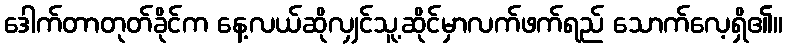
ဒေါက်တာတုတ်ခိုင်က နေ့လယ်ဆိုလျှင်သူ့ဆိုင်မှာလက်ဖက်ရည် သောက်လေ့ရှိ၏။